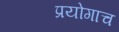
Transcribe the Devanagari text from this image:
प्रयोगाच